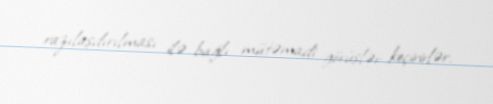
razılaşdırılması ilə bağlı mütəmadi görüşlər keçirirlər.